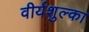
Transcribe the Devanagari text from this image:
वीर्यशुल्का